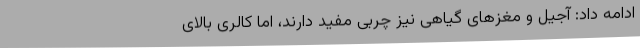
ادامه داد: آجیل و مغزهای گیاهی نیز چربی مفید دارند، اما کالری بالای